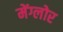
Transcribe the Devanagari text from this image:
मेंग्लोर